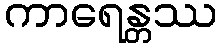
ကာရေန္တဿ